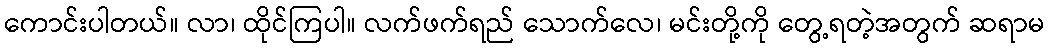
ကောင်းပါတယ်။ လာ၊ ထိုင်ကြပါ။ လက်ဖက်ရည် သောက်လေ၊ မင်းတို့ကို တွေ့ရတဲ့အတွက် ဆရာမ